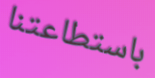
باستطاعتنا